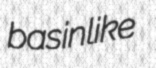
basinlike